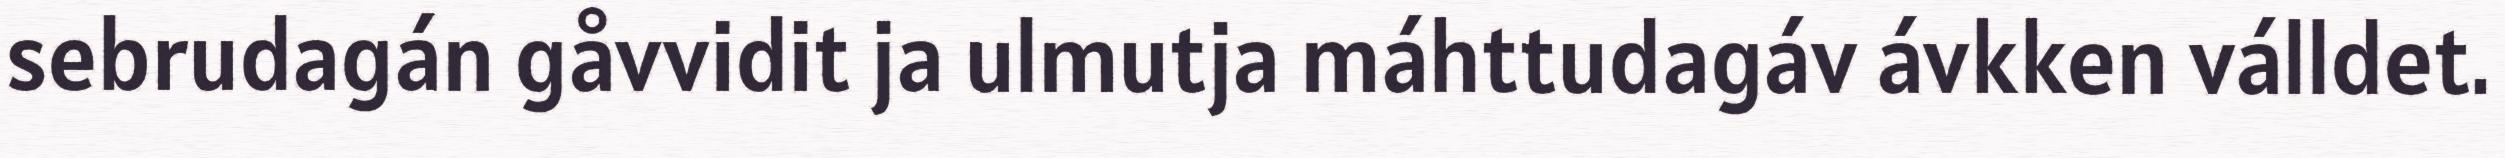
sebrudagán gåvvidit ja ulmutja máhttudagáv ávkken válldet.